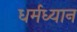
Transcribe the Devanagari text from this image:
धर्मध्यान